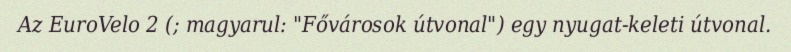
Az EuroVelo 2 (; magyarul: "Fővárosok útvonal") egy nyugat-keleti útvonal.